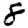
Digit: 8